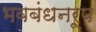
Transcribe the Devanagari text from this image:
भवबंधनरूप